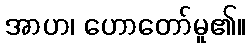
အာဟ၊ ဟောတော်မူ၏။